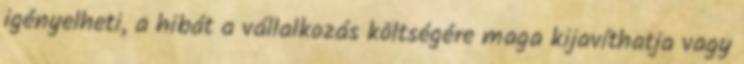
igényelheti, a hibát a vállalkozás költségére maga kijavíthatja vagy